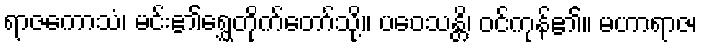
ရာဇကောသံ၊ မင်း၏ရွှေတိုက်တော်သို့။ ပဝေသန္တိ၊ ဝင်ကုန်၏။ မဟာရာဇ၊